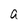
Character: a